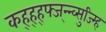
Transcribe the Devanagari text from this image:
कह्ह्ह्फ्ज्न्न्व्सुज्म्हि